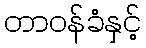
တာဝန်ခံနှင့်